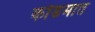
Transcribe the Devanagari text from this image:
कोंडमात